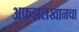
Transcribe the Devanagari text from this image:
अफझलखानचा